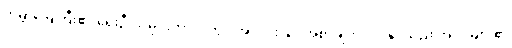
ကမ္ဘာမြေကြီး၏ ရှေးဦးသမိုင်းကာလတွင် အလင်းဖြင့် အစာချက်လုပ်နိုင်သည့် အပင်များ၏